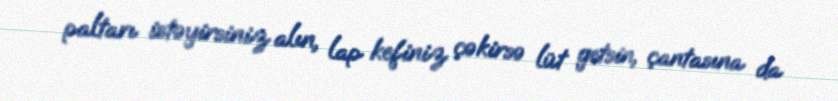
paltarı istəyirsiniz alın, lap kefiniz çəkirsə lüt getsin, çantasına da